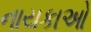
નાયકાઓ